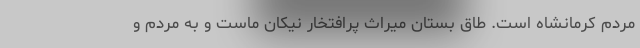
مردم کرمانشاه است. طاق بستان میراث پرافتخار نیکان ماست و به مردم و